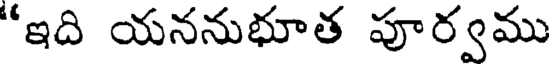
"ఇది యననుభూత పూర్వము